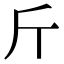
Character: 斤